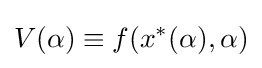
V(\alpha )\equiv f(x^{\ast }(\alpha ),\alpha )